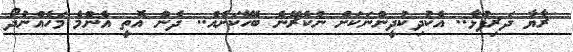
ރާޔާ ދަރިފުޅާ.. އެކުދިކުދީންނަކަށް ނުކެރޭނެ ބެހޭކަށެއް.. ދެން އޮތީ އެންމެ މަހެއްނުދޯ